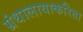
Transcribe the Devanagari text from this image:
ग्रंथालायाकरिता